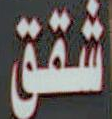
شقق